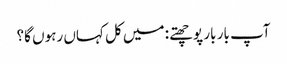
آپ بار بار پوچھتے: میں کل کہاں رہوں گا؟